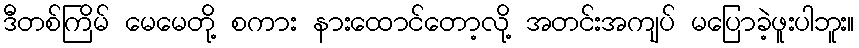
ဒီတစ်ကြိမ် မေမေတို့ စကား နားထောင်တော့လို့ အတင်းအကျပ် မပြောခဲ့ဖူးပါဘူး။